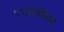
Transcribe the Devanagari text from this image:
परप्रांतीयच